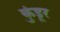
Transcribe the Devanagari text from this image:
कुंडूर